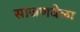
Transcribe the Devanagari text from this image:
साजणवेळा